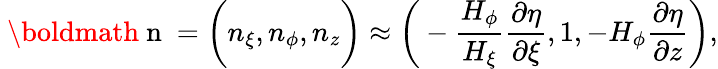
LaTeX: {\mathrm{~\boldmath~n~}}=\bigg(n_{\xi},n_{\phi},n_{z}\bigg)\approx\bigg(-\frac{H_{\phi}}{H_{\xi}}\frac{\partial\eta}{\partial\xi},1,-H_{\phi}\frac{\partial\eta}{\partial z}\bigg),